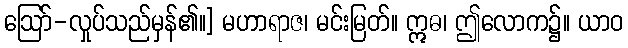
ဩော်-လှုပ်သည်မှန်၏။] မဟာရာဇ၊ မင်းမြတ်။ ဣဓ၊ ဤလောက၌။ ယာဝ